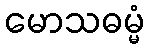
မောသဓမ္မံ